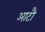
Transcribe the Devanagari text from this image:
आटौ